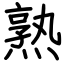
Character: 熟